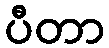
ပီတာ